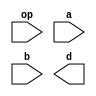
`timescale 1ns/100ps
module lab1_1 (
    input wire [1:0] op,
    input wire [3:0] a,
    input wire [3:0] b,
    output reg [3:0] d
); 
    /* Note that d can be either reg or wire.
    * e.g.,		output reg [3:0] d
    * or 		output wire [3:0] d
    * It depends on how you design your module. */
    // add your design here 
endmodule